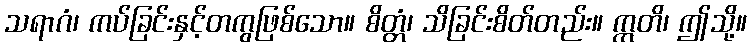
သရာဂံ၊ ကပ်ခြင်းနှင့်တကွဖြစ်သော။ စိတ္တံ၊ သိခြင်းစိတ်တည်း။ ဣတိ၊ ဤသို့။